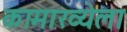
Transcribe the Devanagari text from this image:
कामाख्येला